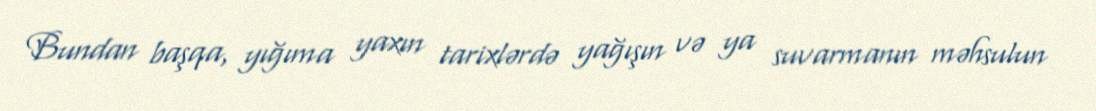
Bundan başqa, yığıma yaxın tarixlərdə yağışın və ya suvarmanın məhsulun